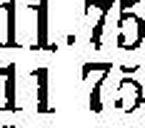
11 75